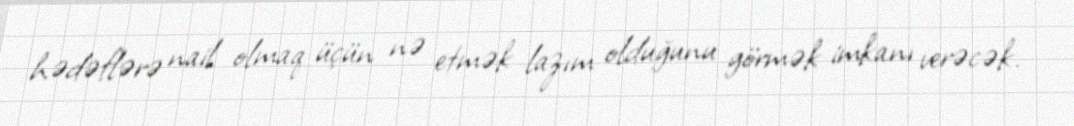
hədəflərə nail olmaq üçün nə etmək lazım olduğunu görmək imkanı verəcək.